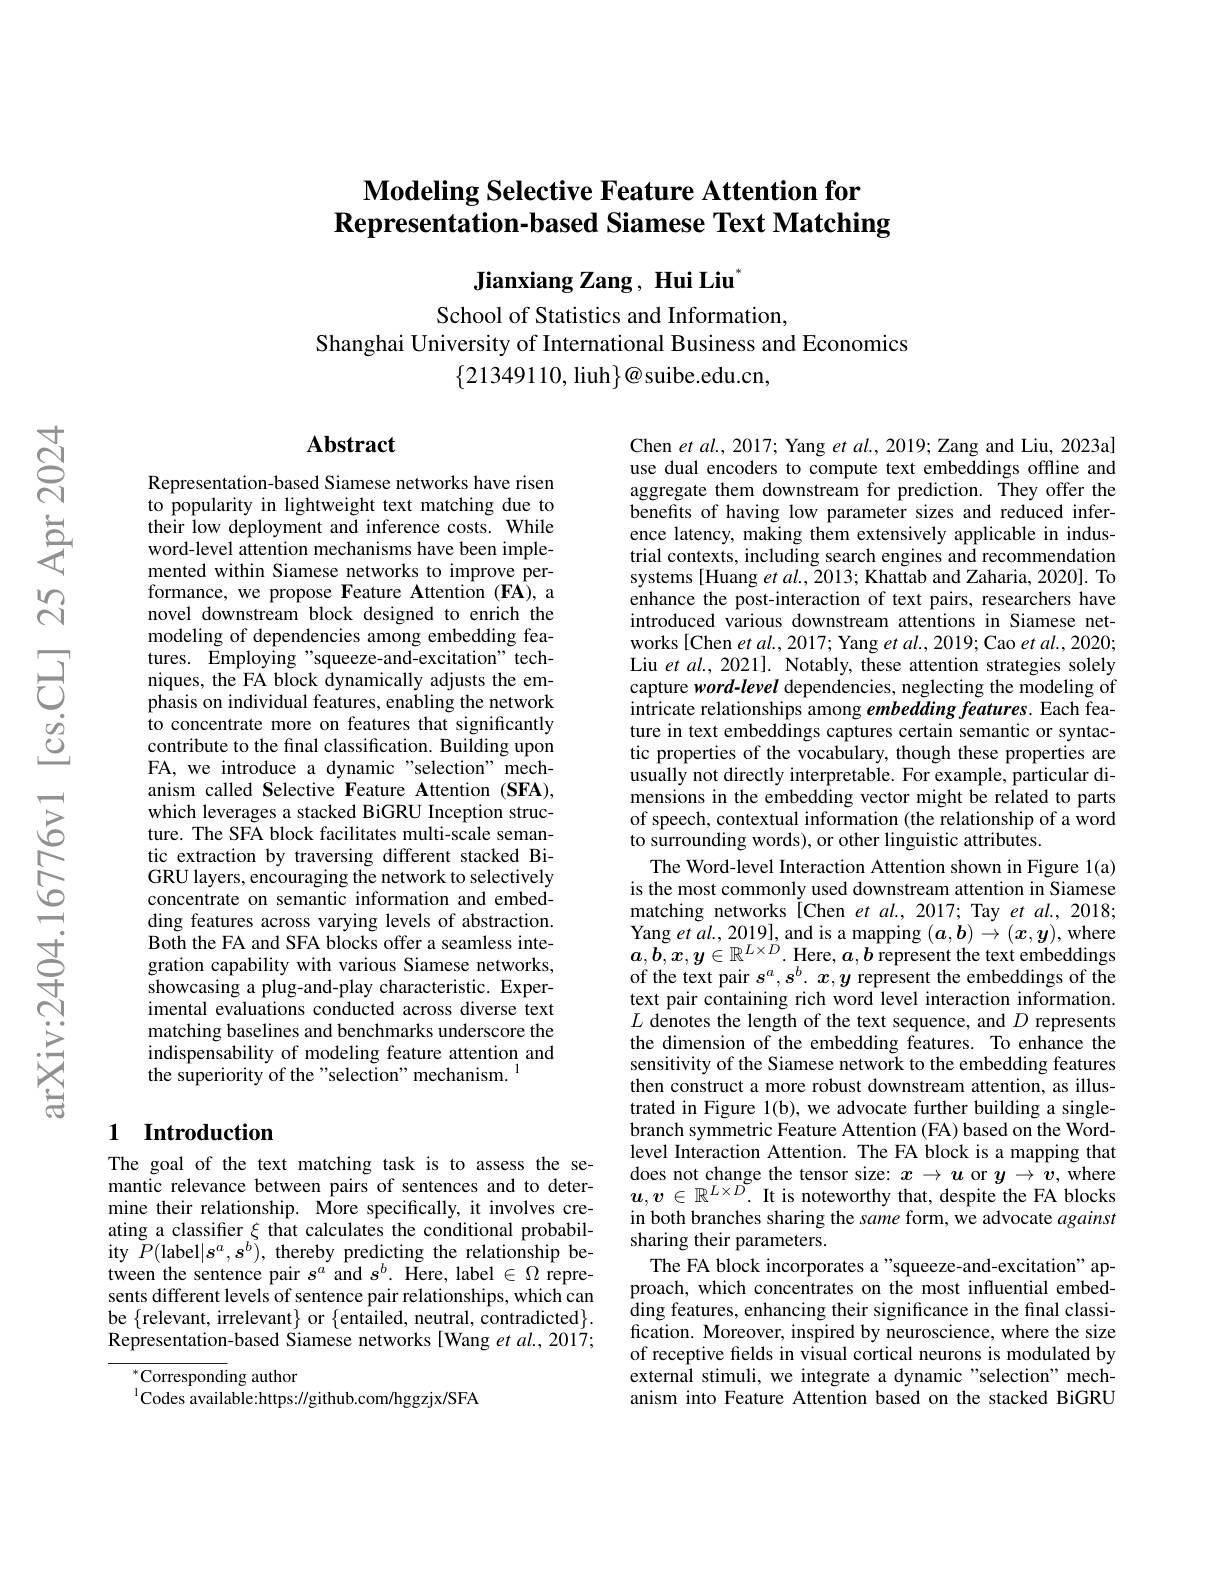
## $\textbf{Modeling Selective Feature Attention for}$ $\textbf{Representation- based Siamese Text Matching}$

Jianxiang Zang, Hui Liu

School of Statistics and Information,
Shanghai University of International Business and Economics
$\{21349110$,liuh$\}@$suibe.edu.cn,

## Abstract

Representation-based Siamese networks have risen to popularity in lightweight text matching due to their low deployment and inference costs. While word-level attention mechanisms have been implemented within Siamese networks to improve performance, we propose Feature Attention (FA), a novel downstream block designed to enrich the modeling of dependencies among embedding features. Employing "squeeze-and-excitation" techniques, the FA block dynamically adjusts the emphasis on individual features, enabling the network to concentrate more on features that significantly contribute to the final classification. Building upon FA, we introduce a dynamic "selection" mechanism called Selective Feature Attention (SFA), which leverages a stacked BiGRU Inception structure. The SFA block facilitates multi-scale semantic extraction by traversing different stacked BiGRU layers, encouraging the network to selectively concentrate on semantic information and embedding features across varying levels of abstraction. Both the FA and SFA blocks offer a seamless integration capability with various Siamese networks, showcasing a plug-and-play characteristic. Experimental evaluations conducted across diverse text matching baselines and benchmarks underscore the indispensability of modeling feature attention and the superiority of the "selection" mechanism. $^{1}$

# 1 Introduction

The goal of the text matching task is to assess the semantic relevance between pairs of sentences and to determine their relationship. More specifically, it involves creating a classifier $\xi$ that calculates the conditional probability $\tilde{P}($label$|s^a,s^b)$, thereby predicting the relationship between the sentence pair $s^a$ and $s^b.$ Here, label $\in\Omega$ represents different levels of sentence pair relationships, which can be $\{$relevant, irrelevant$\}$ or $\{$entailed, neutral, contradicted$\}.$ Representation-based Siamese networks [Wang et al., 2017;

$^{*}$Corresponding author
$^{1}$Codes available:https://github.com/hggzjx/SFA

Chen et al., 2017; Yang et al., 2019; Zang and Liu, 2023a] use dual encoders to compute text embeddings offline and aggregate them downstream for prediction. They offer the benefits of having low parameter sizes and reduced inference latency, making them extensively applicable in industrial contexts, including search engines and recommendation systems [Huang et al., 2013; Khattab and Zaharia, 2020]. To enhance the post-interaction of text pairs, researchers have introduced various downstream attentions in Siamese networks[Chen $etal.,2017;$Yang $etal.,2019;$Cao $etal.,2020;$ Liu et al., 2021]. Notably, these attention strategies solely capture word-level dependencies, neglecting the modeling of intricate relationships among embedding features. Each feature in text embeddings captures certain semantic or syntactic properties of the vocabulary, though these properties are usually not directly interpretable. For example, particular dimensions in the embedding vector might be related to parts of speech, contextual information (the relationship of a word to surrounding words), or other linguistic attributes.
The Word-level Interaction Attention shown in Figure 1(a) is the most commonly used downstream attention in Siamese matching networks [Chen et al.,2017; Tay et al.,2018; $\begin{array}{l}\mathrm{Yang~et~al.,~2019],~and~is~a~mapping~(a,b)~\to~(x,y),~where}\\a,b,x,y\in\mathbb{R}^{L\times D}.\mathrm{Here},a,b~\mathrm{represent~the~text~embeddings}\end{array}$ of the text pair $s^a,s^b.x,y$ represent the embeddings of the text pair containing rich word level interaction information. $L$ denotes the length of the text sequence, and $D$ represents the dimension of the embedding features. To enhance the sensitivity of the Siamese network to the embedding features then construct a more robust downstream attention, as illustrated in Figure 1(b), we advocate further building a singlebranch symmetric Feature Attention (FA) based on the Wordlevel Interaction Attention. The FA block is a mapping that $\begin{array}{l}\text{does not change the tensor size: }x\to u\mathrm{~or~}y\to v,\mathrm{~where}\\u,v\in\mathbb{R}^{L\times D}.\text{ It is noteworthy that, despite the FA blocks}\end{array}$ in both branches sharing the same form, we advocate against sharing their parameters.
The FA block incorporates a "squeeze-and-excitation" approach, which concentrates on the most influential embedding features, enhancing their significance in the final classification. Moreover, inspired by neuroscience, where the size of receptive fields in visual cortical neurons is modulated by external stimuli, we integrate a dynamic "selection" mechanism into Feature Attention based on the stacked BiGRU